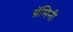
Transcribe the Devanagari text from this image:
ग्रॅमिनी